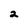
Character: 2